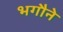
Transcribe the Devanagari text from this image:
भगौने